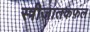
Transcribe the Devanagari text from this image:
स्त्रीजातकफ़ल